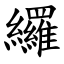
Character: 纙